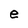
Character: e